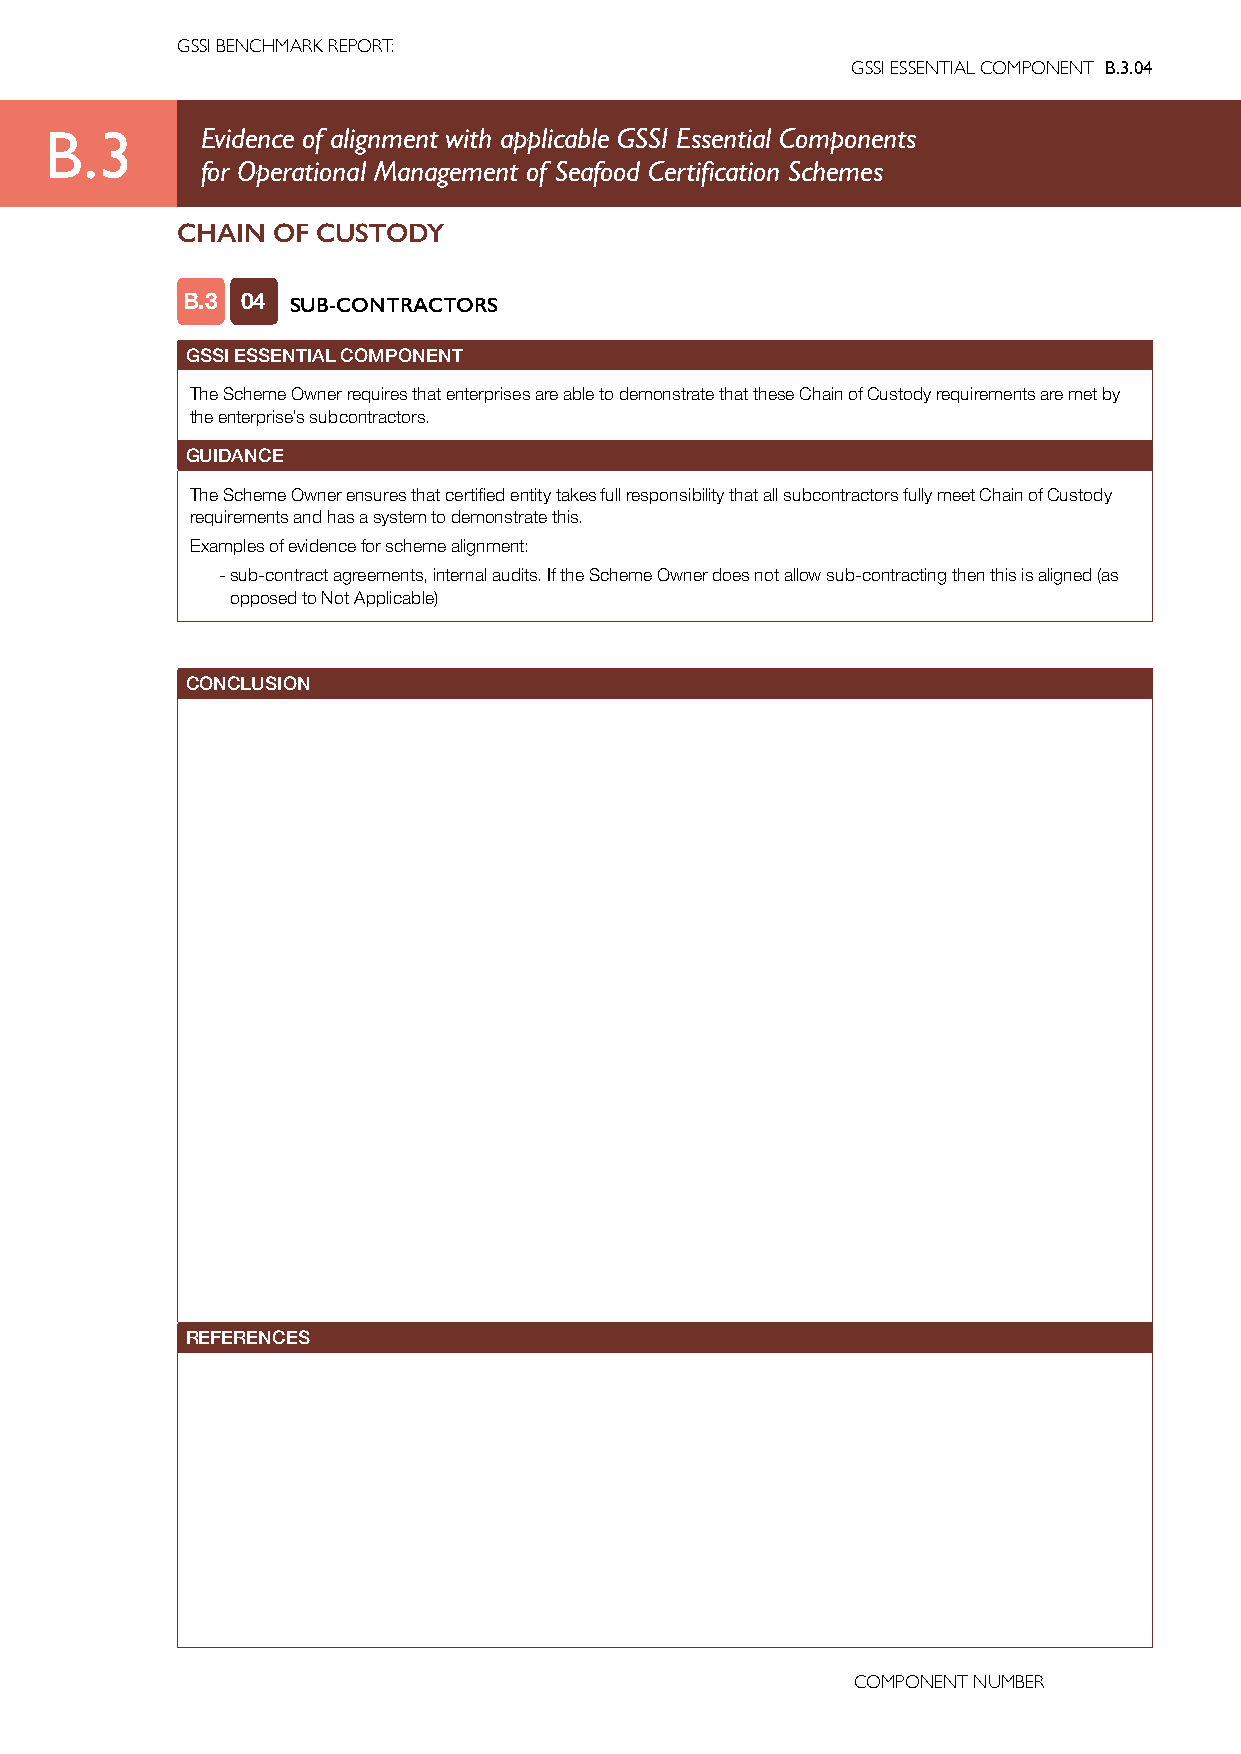
GSSI BENCHMARK REPORT:
 GSSI ESSENTIAL COMPONENT B.3.04
 B.3       Evidence of alignment with applicable GSSI Essential Components
 for Operational Management of Seafood Certification Schemes
 CHAIN OF CUSTODY
 B.3 04 SUB-CONTRACTORS
 GSSI ESSENTIAL COMPONENT
 The Scheme Owner requires that enterprises are able to demonstrate that these Chain of Custody requirements are met by
 the enterprise’s subcontractors.
 GUIDANCE
 The Scheme Owner ensures that certified entity takes full responsibility that all subcontractors fully meet Chain of Custody
 requirements and has a system to demonstrate this.
 Examples of evidence for scheme alignment:
 - sub-contract agreements, internal audits. If the Scheme Owner does not allow sub-contracting then this is aligned (as
 opposed to Not Applicable)
 CONCLUSION
 REFERENCES
 COMPONENT NUMBER